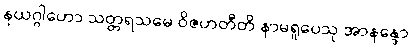
နယဂ္ဂါဟော သတ္တရသမေ ဝိဇဟတီတိ နာမရူပေသု အာနန္ဒော